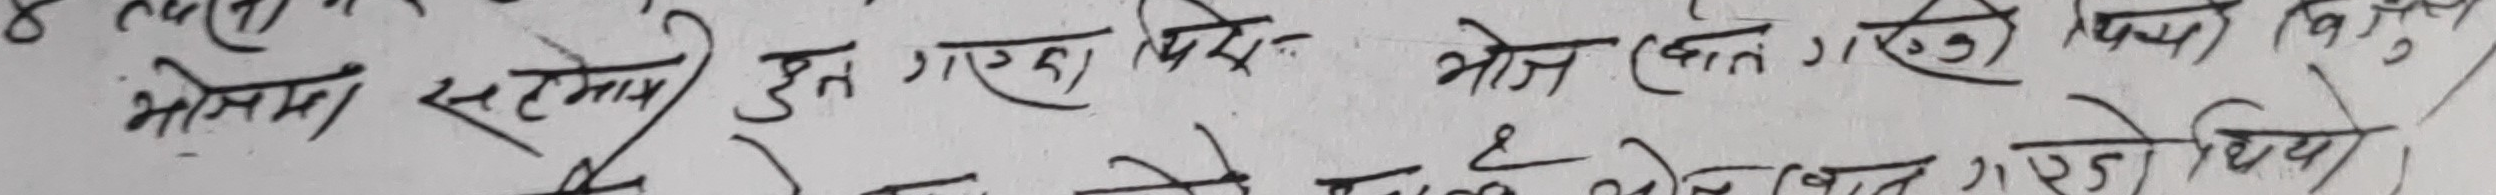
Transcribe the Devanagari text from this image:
भोसमा सटमै हुन गएका मध्ये भोज खात ग खुच्य बिराय